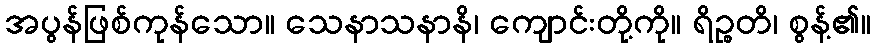
အပွန်ဖြစ်ကုန်သော။ သေနာသနာနိ၊ ကျောင်းတို့ကို။ ရိဉ္စတိ၊ စွန့်၏။